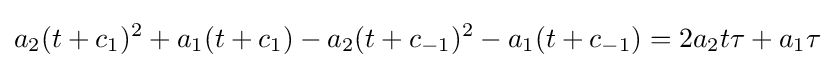
a_{2}(t+c_{1})^{2}+a_{1}(t+c_{1})-a_{2}(t+c_{-1})^{2}-a_{1}(t+c_{-1})=2a_{2}t\tau +a_{1}\tau